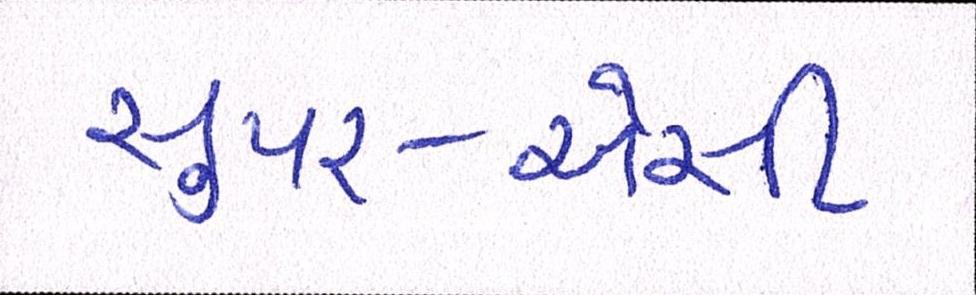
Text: સુપર-એસી